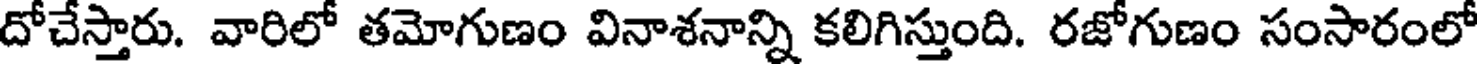
దోచేస్తారు. వారిలో తమోగుణం వినాశనాన్ని కలిగిస్తుంది. రజోగుణం సంసారంలో